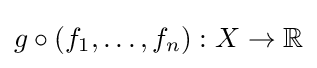
g\circ \left(f_{1},\ldots ,f_{n}\right):X\to \mathbb {R}